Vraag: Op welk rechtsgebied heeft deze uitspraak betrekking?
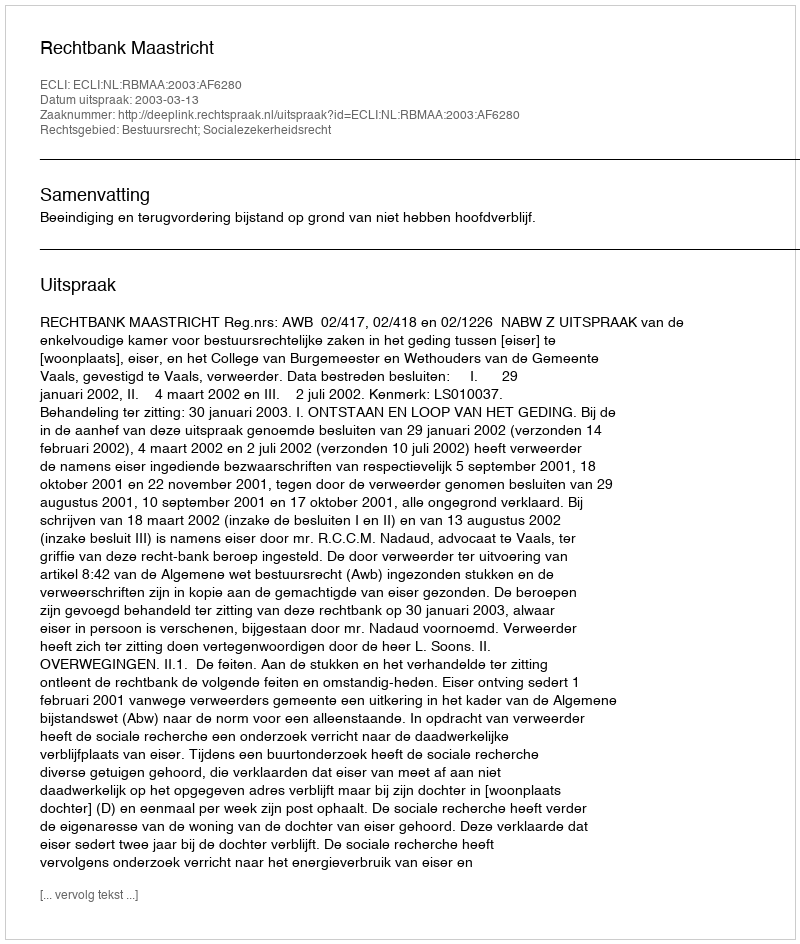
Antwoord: Bestuursrecht; Socialezekerheidsrecht